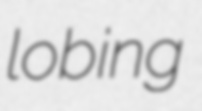
lobing